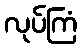
လုပ်ကြံ